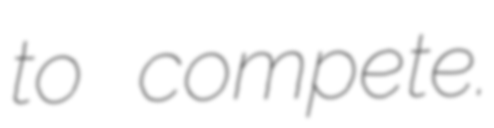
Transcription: to compete.